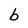
Character: b